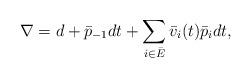
LaTeX: \begin{align*} \nabla = d + \bar p_{-1} dt + \sum_{i\in \bar E} \bar v_i(t) \bar p_i dt,\end{align*}